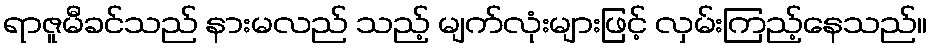
ရာဇူမီခင်သည် နားမလည် သည့် မျက်လုံးများဖြင့် လှမ်းကြည့်နေသည်။